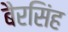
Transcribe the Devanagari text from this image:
बैरसिंह